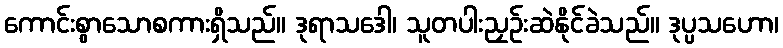
ကောင်းစွာသောစကားရှိသည်။ ဒုရာသဒေါ၊ သူတပါးညှဉ်းဆဲနိုင်ခဲသည်။ ဒုပ္ပသဟော၊